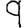
Digit: 9